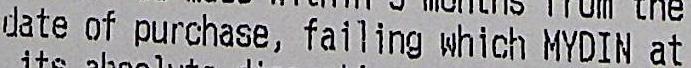
DATE OF PURCHASE, FAILING WHICH MYDIN AT